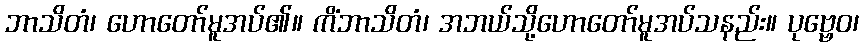
ဘာသိတံ၊ ဟောတော်မူအပ်၏။ ကိံဘာသိတံ၊ အဘယ်သို့ဟောတော်မူအပ်သနည်း။ ပုဗ္ဗေဝ၊